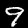
Digit: 9